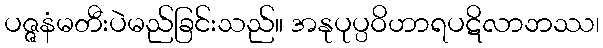
ပဇ္ဇနံမတီးပဲမည်ခြင်းသည်။ အနုပုပ္ပဝိဟာရပဋိလာဘဿ၊